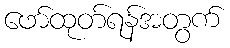
ဖော်ထုတ်ရန်အတွက်